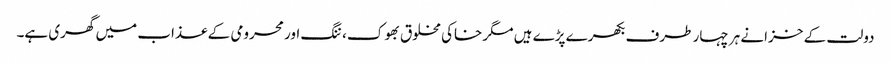
دولت کے خزانے ہر چہار طرف بکھرے پڑے ہیں مگر خاکی مخلوق بھوک، ننگ اور محرومی کے عذاب میں گھری ہے۔